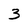
Character: 3